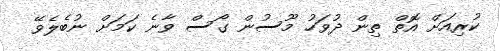
ކުރިއަށް އޮތް ތިން ދުވަހު މޫސުން ގޯސް ވާނެ ކަމަށް ނުބެލެވޭ